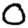
Digit: 0